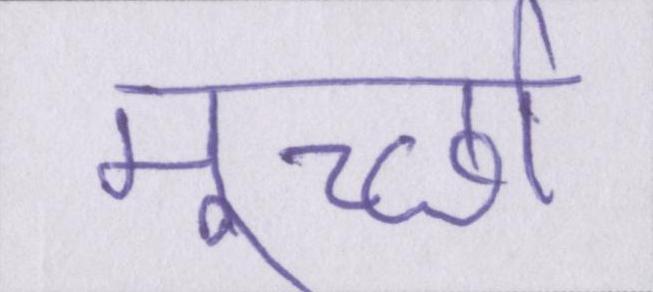
मूर्च्छा